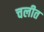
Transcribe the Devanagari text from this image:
चलीत